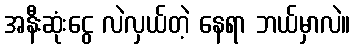
အနီးဆုံးငွေ လဲလှယ်တဲ့ နေရာ ဘယ်မှာလဲ။